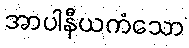
အာပါနီယကံသော